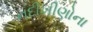
નદીખીણોના